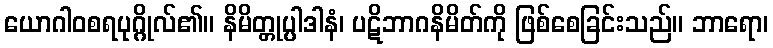
ယောဂါဝစရပုဂ္ဂိုလ်၏။ နိမိတ္တုပ္ပါဒါနံ၊ ပဋိဘာဂနိမိတ်ကို ဖြစ်စေခြင်းသည်။ ဘာရော၊